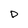
Character: D